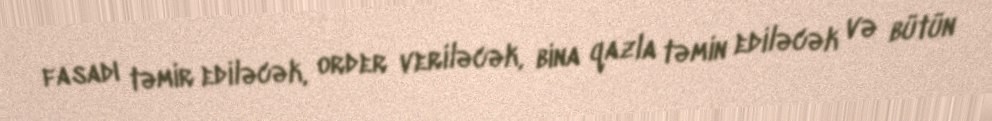
fasadı təmir ediləcək, order veriləcək, bina qazla təmin ediləcək və bütün